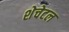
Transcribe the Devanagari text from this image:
शेचेटल